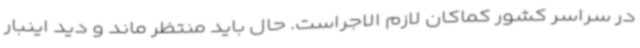
در سراسر کشور کماکان لازم الاجراست. حال باید منتظر ماند و دید اینبار